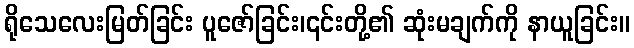
ရိုသေလေးမြတ်ခြင်း ပူဇော်ခြင်း၊၎င်းတို့၏ ဆုံးမချက်ကို နာယူခြင်း။